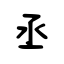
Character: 丞